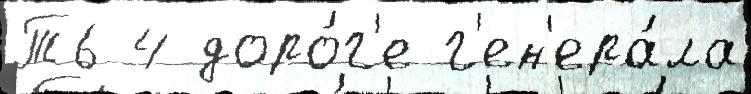
Т6 4 доро́г'е г'ен'ера́ла